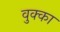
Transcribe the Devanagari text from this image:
वुक्का